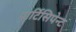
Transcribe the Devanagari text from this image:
पार्टिसिपेन्ट